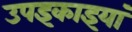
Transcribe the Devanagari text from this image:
उपइकाइयां